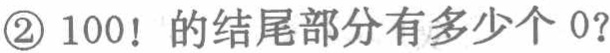
\textcircled{2} \(100!\) 的结尾部分有多少个 \(0\)？